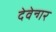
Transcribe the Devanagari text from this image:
देवेन्गर